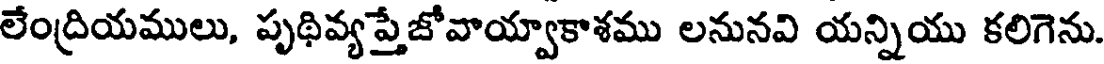
లేంద్రియములు, పృథివ్యప్తేజోవాయ్వాకాశము లనునవి యన్నియు కలిగెను.